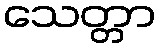
သေတ္တာ